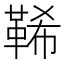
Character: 𩊽